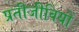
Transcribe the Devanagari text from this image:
प्रतीजीवियों